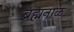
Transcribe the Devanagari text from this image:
ब्रह्मनाळ